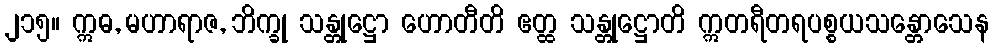
၂၁၅။ ဣဓ, မဟာရာဇ, ဘိက္ခု သန္တုဋ္ဌော ဟောတီတိ ဧတ္ထ သန္တုဋ္ဌောတိ ဣတရီတရပစ္စယသန္တောသေန